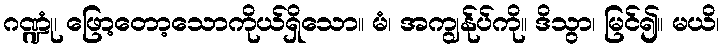
ဂဏ္ဍုံ၊ ဖြော့တော့သောကိုယ်ရှိသော။ မံ၊ အကျွန်ုပ်ကို။ ဒိသွာ၊ မြင်၍။ မယိ၊